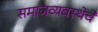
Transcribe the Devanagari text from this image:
समाजव्‍यवस्‍थेचे